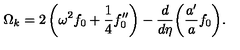
\Omega _ { { k } } = 2 \left( \omega ^ { 2 } f _ { 0 } + \frac { 1 } { 4 } f _ { 0 } ^ { \prime \prime } \right) - \frac { d } { d \eta } \bigg ( \frac { a ^ { \prime } } { a } f _ { 0 } \bigg ) .